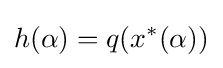
h(\alpha )=q(x^{*}(\alpha ))